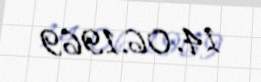
14.06.1969